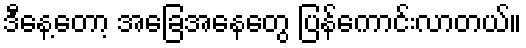
ဒီနေ့တော့ အခြေအနေတွေ ပြန်ကောင်းလာတယ်။